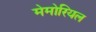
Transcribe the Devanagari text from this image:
मेमोरियल